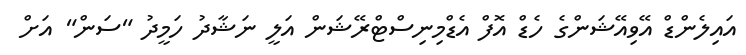
އައިލެންޑް އޭވިއޭޝަންގެ ހެޑް އޮފް އެޑްމިނިސްޓްރޭޝަން އަލީ ނަޝާދު ހަމީދު "ސަން" އަށް